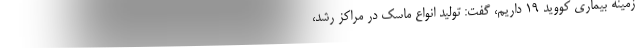
زمینه بیماری کووید ۱۹ داریم، گفت: تولید انواع ماسک در مراکز رشد،